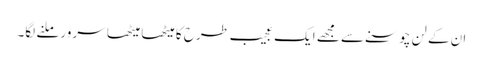
ان کے لن چوسنے سے مجھے ایک عجیب طرح کا میٹھا میٹھا سرور ملنے لگا۔